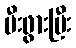
မီးဖွားပြီး